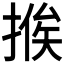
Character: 𢰇